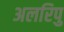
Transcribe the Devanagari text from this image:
अलरिपु